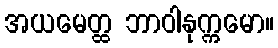
အယမေတ္ထ ဘာဝါနုက္ကမော။